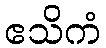
ဧသိကံ